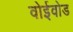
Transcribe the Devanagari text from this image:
वोईवोड